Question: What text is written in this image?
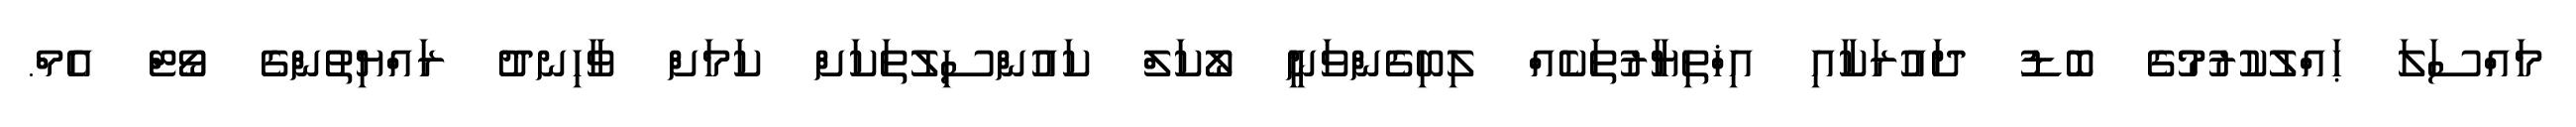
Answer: މައްސަލަ ޙައްލުކުރުމުގެ ބޮޑު ދައުރަކާއި އިޚްތިޔާރުތަކެއް ލިބިގެންވަނީ ލޯކަލް ކައުންސިލުތަކަށް ކަމަށް ވާހިނދު ރައްޔިތުންގެ ވޯޓް އެމް.